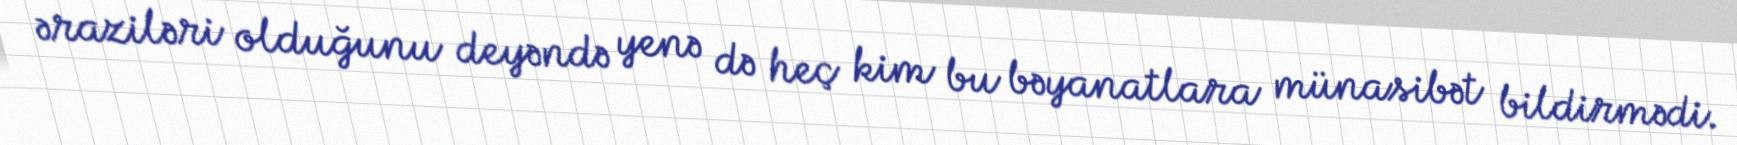
əraziləri olduğunu deyəndə yenə də heç kim bu bəyanatlara münasibət bildirmədi.